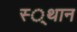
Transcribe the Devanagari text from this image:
स्‍्थान